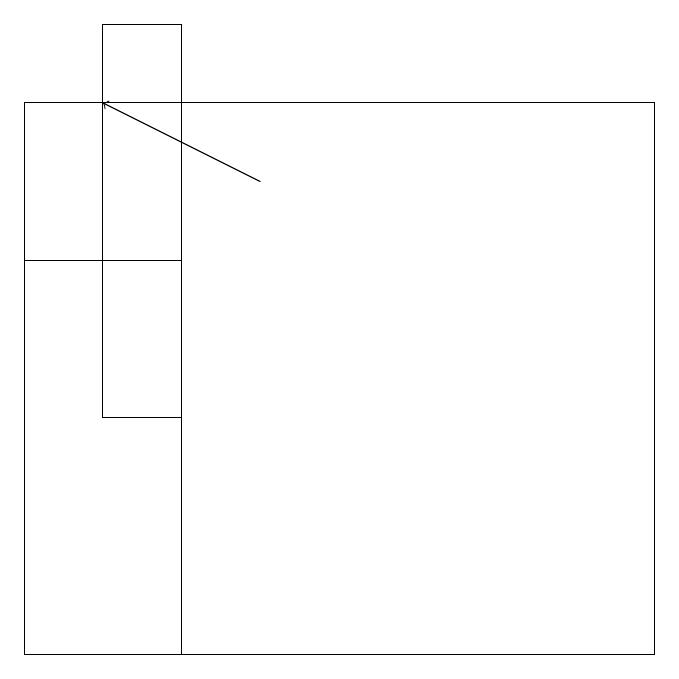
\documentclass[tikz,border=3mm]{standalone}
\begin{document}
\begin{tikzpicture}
\draw[->] (3,16) -- (1,17);
\draw (0,10) rectangle (2,15);
\draw (1,18) rectangle (2,13);
\draw (8,10) rectangle (0,17);
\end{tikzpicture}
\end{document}